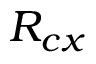
R _ { c x }